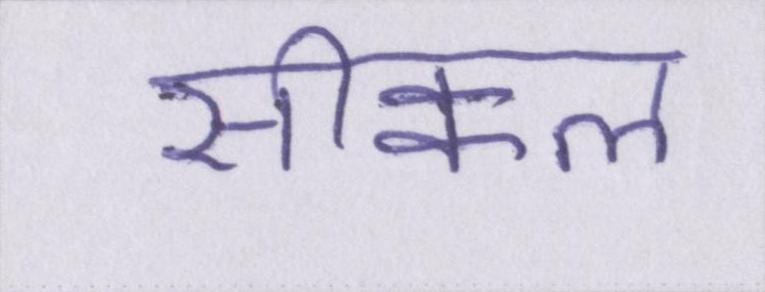
सीक्वल